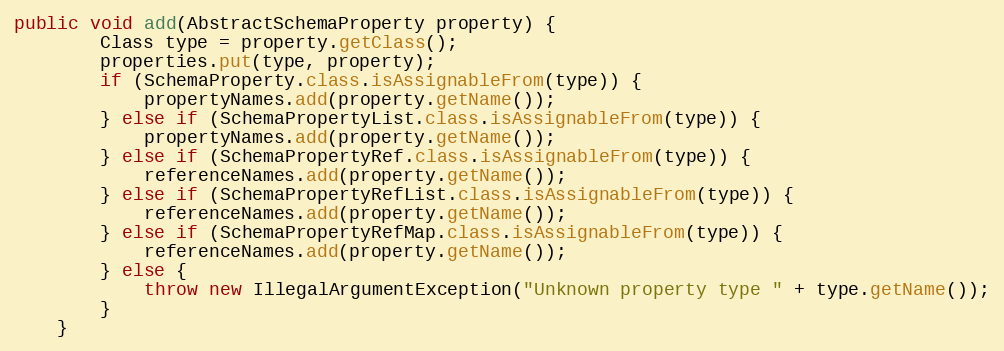
Language: Java
public void add(AbstractSchemaProperty property) {
        Class type = property.getClass();
        properties.put(type, property);
        if (SchemaProperty.class.isAssignableFrom(type)) {
            propertyNames.add(property.getName());
        } else if (SchemaPropertyList.class.isAssignableFrom(type)) {
            propertyNames.add(property.getName());
        } else if (SchemaPropertyRef.class.isAssignableFrom(type)) {
            referenceNames.add(property.getName());
        } else if (SchemaPropertyRefList.class.isAssignableFrom(type)) {
            referenceNames.add(property.getName());
        } else if (SchemaPropertyRefMap.class.isAssignableFrom(type)) {
            referenceNames.add(property.getName());
        } else {
            throw new IllegalArgumentException("Unknown property type " + type.getName());
        }
    }